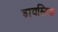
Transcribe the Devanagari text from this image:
डायस्टिक